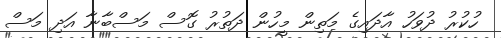
ހުކުރު ދުވަހު އާދައިގެ މަތިން މީހުން ދަތުރު ގޮސް މަސްބާނާ އަދި މަސް